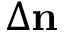
\Delta { \bf n }